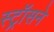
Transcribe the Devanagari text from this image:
स्ट्रॉसने